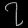
Digit: ၇